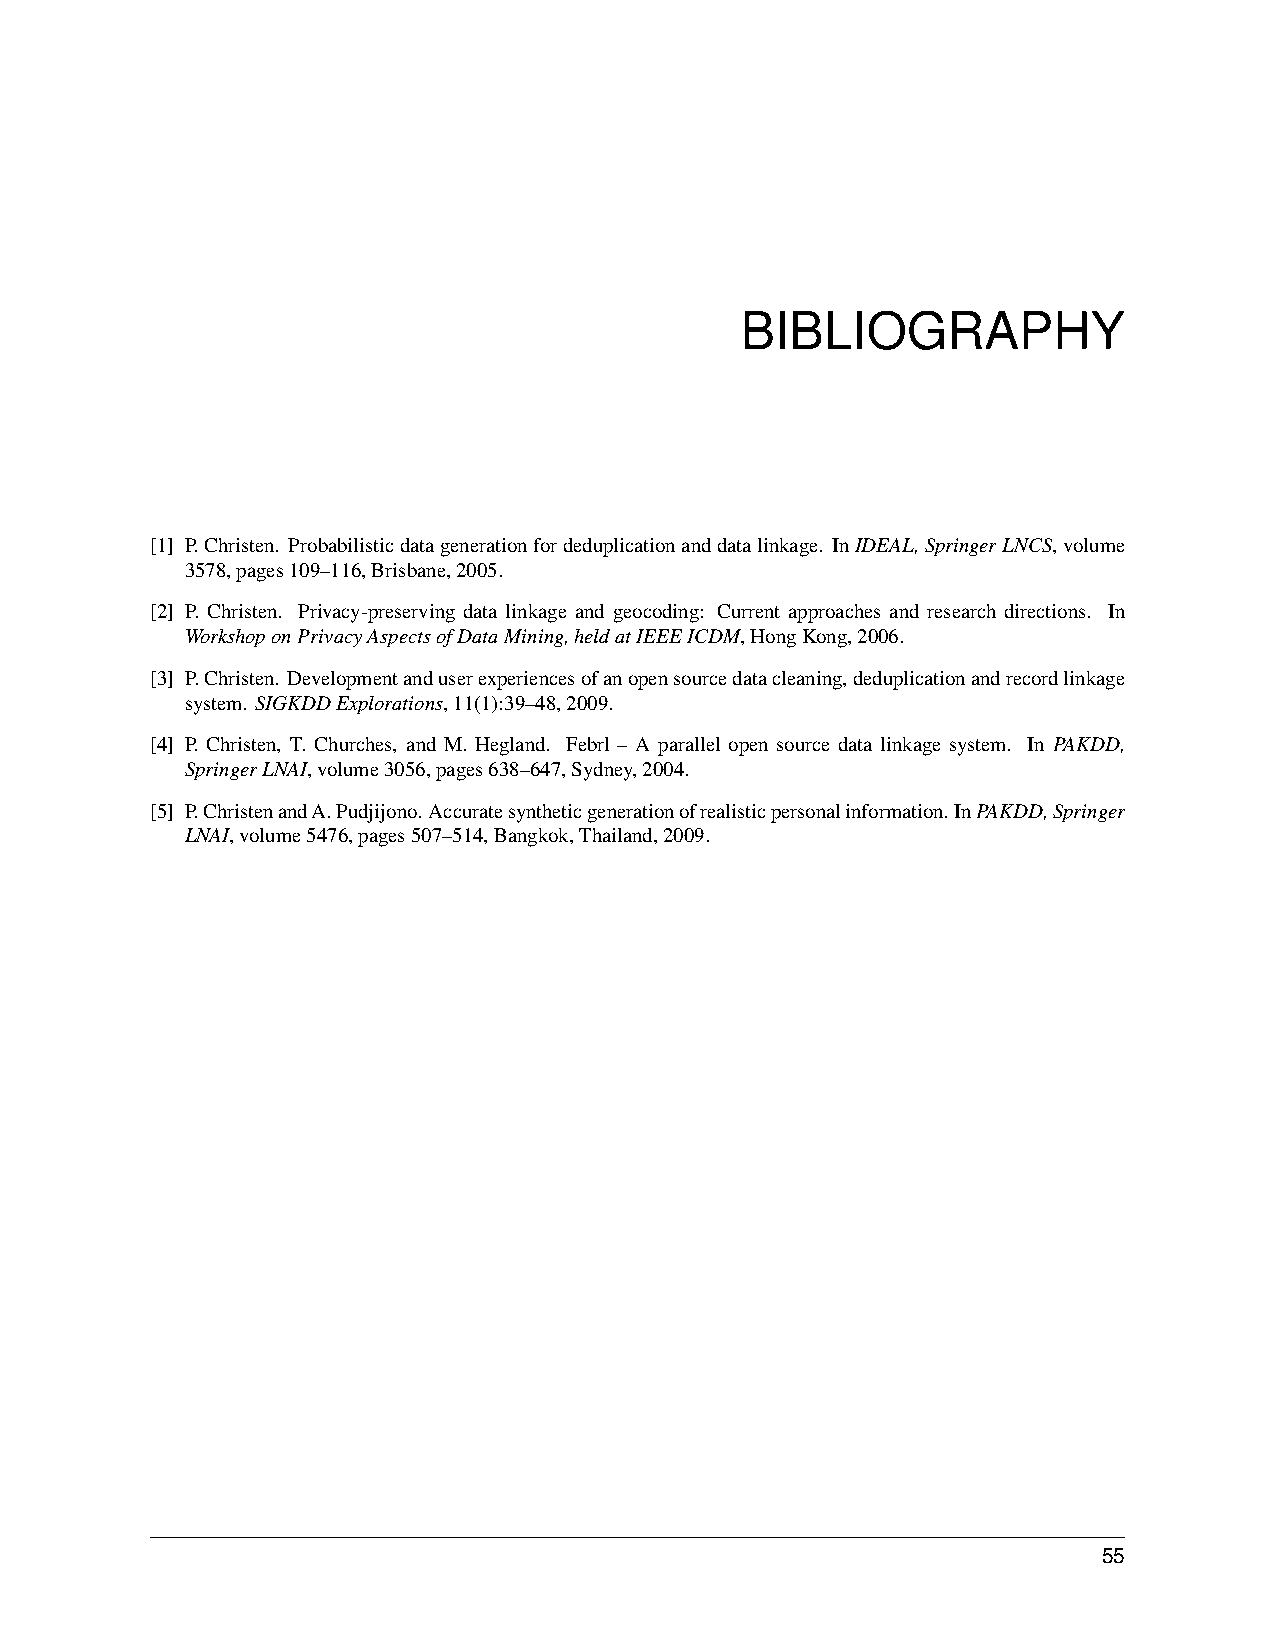
BIBLIOGRAPHY
 [1] P.Christen. Probabilisticdatagenerationfordeduplicationanddatalinkage. InIDEAL,SpringerLNCS,volume
 3578,pages109–116,Brisbane,2005.
 [2] P. Christen. Privacy-preserving data linkage and geocoding: Current approaches and research directions. In
 WorkshoponPrivacyAspectsofDataMining,heldatIEEEICDM,HongKong,2006.
 [3] P.Christen. Developmentanduserexperiencesofanopensourcedatacleaning,deduplicationandrecordlinkage
 system. SIGKDDExplorations,11(1):39–48,2009.
 [4] P. Christen, T. Churches, and M. Hegland. Febrl – A parallel open source data linkage system. In PAKDD,
 SpringerLNAI,volume3056,pages638–647,Sydney,2004.
 [5] P.ChristenandA.Pudjijono.Accuratesyntheticgenerationofrealisticpersonalinformation.InPAKDD,Springer
 LNAI,volume5476,pages507–514,Bangkok,Thailand,2009.
 55